Sanitation, dispensaries and jails vaccination Rajputana 1922-1927 - 1922-1927
Year: 1922
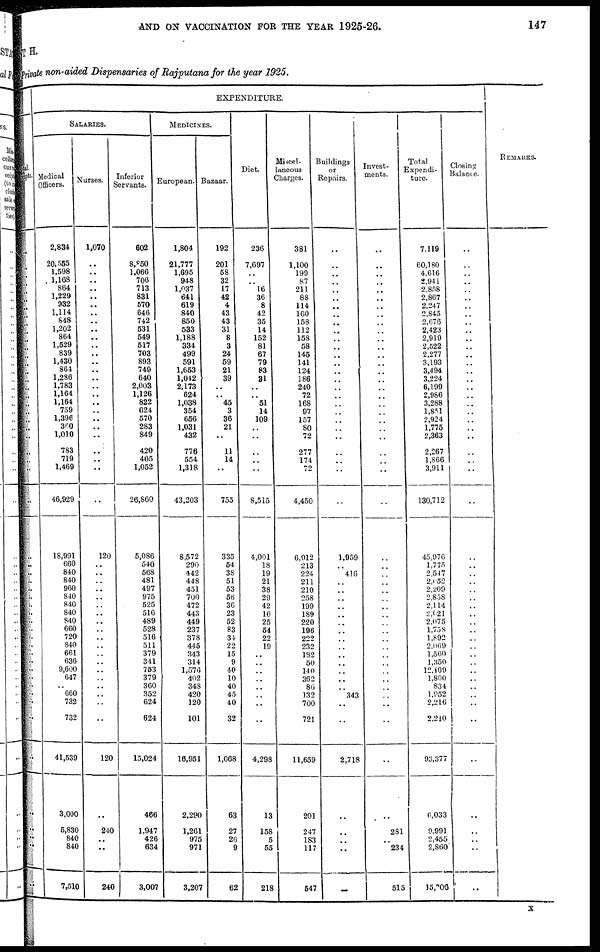
AND ON VACCINATION FOR THE YEAR 1925-26.
147
MENT H.
Private non-aided Dispensaries of Rajputana for the year 1925.
Total.
receipts.
..
..
..
..
..
..
..
..
..
..
..
..
..
..
..
..
..
..
..
..
..
..
..
..
..
..
..
..
..
..
..
..
..
..
..
..
..
..
..
..
..
..
..
..
..
..
..
..
..
..
..
..
..
EXPENDITURE.
SALARIES.
Medical
Officers.
2,834
20,555
1,598
1,168
864
1,229
932
1,114
848
1,202
864
1,529
839
1,430
864
1,286
1,783
1,164
1,164
759
1,396
360
1,010
783
719
1,469
46,929
18,991
660
840
840
960
840
840
840
840
660
720
840
661
636
9,600
647
..
660
732
732
41,539
3,000
5,830
840
840
7,510
Nurses.
1,070
..
..
..
..
..
..
..
..
..
..
..
..
..
..
..
..
..
..
..
..
..
..
..
..
..
..
120
..
..
..
..
..
..
..
..
..
..
..
..
..
..
..
..
..
..
..
120
..
240
..
..
240
Inferior
Servants.
602
8,850
1,066
706
713
831
570
646
742
531
549
517
703
893
749
640
2,003
1,126
822
624
570
283
849
420
405
1,052
26,860
5,086
540
568
481
497
975
525
516
489
528
516
511
379
341
753
379
360
352
624
624
15,024
466
1,947
426
634
3,007
MEDICINES.
European.
1,804
21,777
1,695
948
1,037
641
619
840
850
533
1,188
334
499
591
1,653
1,042
2,173
624
1,038
354
656
1,031
432
776
554
1,318
43,203
8,572
290
442
448
451
700
472
443
449
237
378
445
343
314
1,576
402
348
420
120
101
16,951
2,290
1,261
975
971
3,207
Bazaar.
192
201
58
32
17
42
4
43
43
31
8
3
24
59
21
39
..
..
45
3
36
21
..
11
14
..
755
335
54
38
51
53
56
36
23
52
83
34
22
15
9
40
10
40
45
40
32
1,068
63
27
26
9
62
Diet.
236
7,697
..
..
16
36
8
42
35
14
152
81
67
79
83
31
..
..
51
14
109
..
..
..
..
..
8,515
4,001
18
19
21
38
29
42
10
25
54
22
19
..
..
..
..
..
..
..
..
4,298
13
158
5
55
218
Miscel-
laneous
Charges.
381
1,100
199
87
211
88
114
160
158
112
158
58
145
141
124
186
240
72
168
97
157
80
72
277
174
72
4,450
6,912
213
224
211
210
258
199
189
220
196
222
232
182
50
140
362
86
132
700
721
11,659
201
247
183
117
547
Buildings
or
Repairs.
..
..
..
..
..
..
..
..
..
..
..
..
..
..
..
..
..
..
..
..
..
..
..
..
..
..
..
1,959
..
416
..
..
..
..
..
..
..
..
..
..
..
..
..
..
343
..
..
2,718
..
..
..
..
..
Invest-
ments.
..
..
..
..
..
..
..
..
..
..
..
..
..
..
..
..
..
..
..
..
..
..
..
..
..
..
..
..
..
..
..
..
..
..
..
..
..
..
..
..
..
..
..
..
..
..
..
..
..
281
..
234
515
Total
Expendi-
ture.
7,119
60,180
4,616
2,941
2,858
2,867
2,247
2,845
2,676
2,423
2,919
2,522
2,277
3,193
3,494
3,224
6,199
2,986
3,288
1,851
2,924
1,775
2,363
2,267
1,866
3,911
130,712
45,976
1,775
2,547
2,652
2,209
2,858
2,114
2,621
2,075
1,758
1,892
2,069
1,560
1,350
12,109
1,800
834
1,952
2,216
2,210
93,377
6,033
9,991
2,455
2,860
15,206
Closing
Balance.
..
..
..
..
..
..
..
..
..
..
..
..
..
..
..
..
..
..
..
..
..
..
..
..
..
..
..
..
..
..
..
..
..
..
..
..
..
..
..
..
..
..
..
..
..
..
..
..
..
..
..
..
..
REMARKS.
X